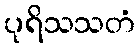
ပုရိသသတံ